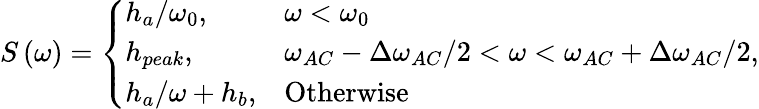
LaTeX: S\left(\omega\right)=\left\{ \begin{array}{ll}{h_{a}/\omega_{0},}&{\omega<\omega_{0}}\\ {h_{peak},}&{\omega_{AC}-\Delta\omega_{AC}/2<\omega<\omega_{AC}+\Delta\omega_{AC}/2}\\ {h_{a}/\omega+h_{b},}&{\mathrm{Otherwise}}\end{array}\right.,